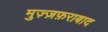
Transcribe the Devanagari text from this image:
मुज़्ज़फ़राबाद